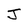
Character: J